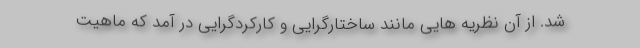
شد. از آن نظریه هایی مانند ساختارگرایی و کارکردگرایی در آمد که ماهیت